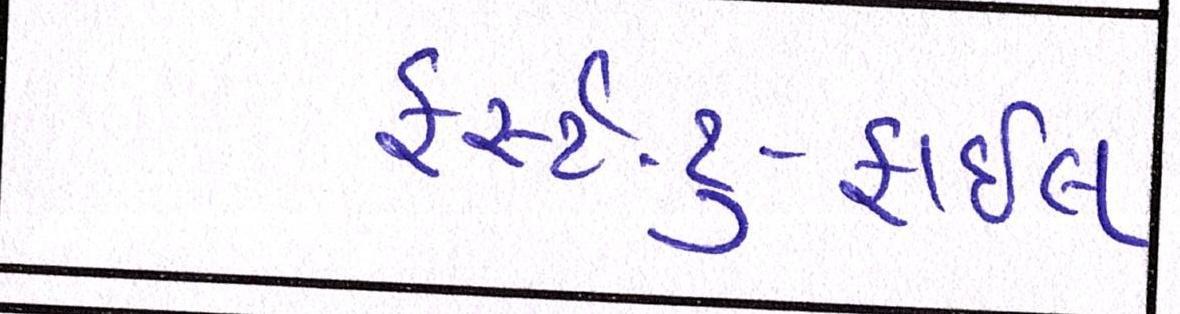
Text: ફર્સ્ટ-ટુ-ફાઇલ